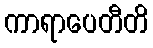
ကာရာပေတီတိ